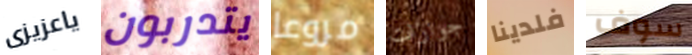
ياعزيزى يتدربون مروعا جوازات فلدينا سوف